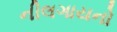
નીલગાયનો